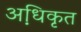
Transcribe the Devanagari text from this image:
अधि़कृत